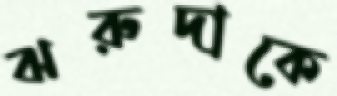
ঝরুদাকে